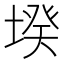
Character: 𡎝